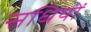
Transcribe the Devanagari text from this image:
सधियों